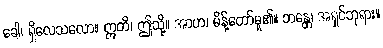
ခေါ၊ ရှိလေသလော။ ဣတိ၊ ဤသို့။ အာဟ၊ မိန့်တော်မူ၏။ ဘန္တေ၊ အရှင်ဘုရား။